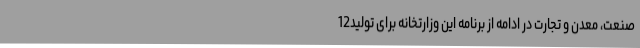
صنعت، معدن و تجارت در ادامه از برنامه این وزارتخانه برای تولید12